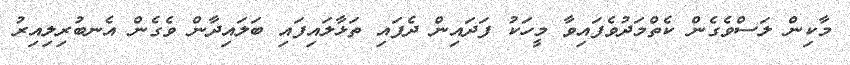
މާކިން ލަސްވެގެން ކެތްމަދުވެފައިވާ މީހަކު ފަދައިން ދެފައި ތަޅާލައިފައި ބަލައިދާން ވެގެން އެނބުރިލިއިރު